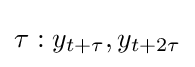
\tau :y_{t+\tau },y_{t+2\tau }